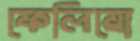
ফেলিয়ো